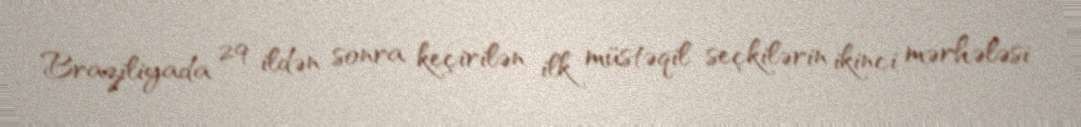
Braziliyada 29 ildən sonra keçirilən ilk müstəqil seçkilərin ikinci mərhələsi